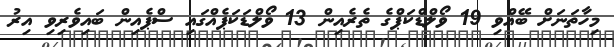
މިހާތަނަށް ބޭއްވި 19 ވޯލްޑްކަޕްގެ ތެރެއިން 13 ވޯލްޑަކަޕެއްގައި ސްޕެއިން ބައިވެރިވި އިރު